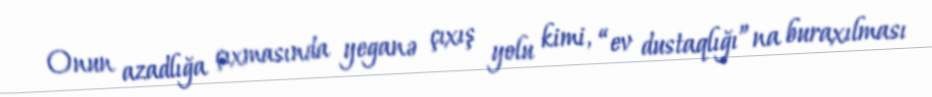
Onun azadlığa çıxmasında yeganə çıxış yolu kimi, “ev dustaqlığı”na buraxılması